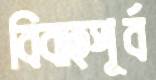
বিবাহপূর্ব